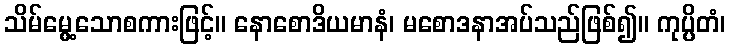
သိမ်မွေ့သောစကားဖြင့်။ နောစောဒိယမာနံ၊ မစောဒနာအပ်သည်ဖြစ်၍။ ကုပ္ပိတံ၊